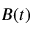
B ( t )